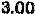
3.00